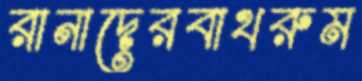
রানাদেরবাথরুম